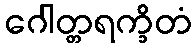
ဂေါတ္တရက္ခိတံ